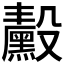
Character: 𬆴